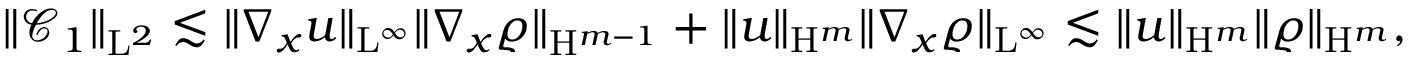
\begin{array} { r } { \Vert \mathcal { C } _ { 1 } \Vert _ { \mathrm { L } ^ { 2 } } \lesssim \Vert \nabla _ { x } u \Vert _ { \mathrm { L } ^ { \infty } } \Vert \nabla _ { x } \varrho \Vert _ { \mathrm { H } ^ { m - 1 } } + \Vert u \Vert _ { \mathrm { H } ^ { m } } \Vert \nabla _ { x } \varrho \Vert _ { \mathrm { L } ^ { \infty } } \lesssim \Vert u \Vert _ { \mathrm { H } ^ { m } } \Vert \varrho \Vert _ { \mathrm { H } ^ { m } } , } \end{array}